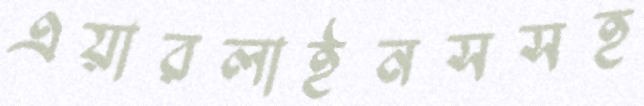
এয়ারলাইনসসহ